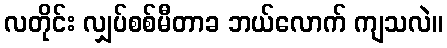
လတိုင်း လျှပ်စစ်မီတာခ ဘယ်လောက် ကျသလဲ။